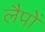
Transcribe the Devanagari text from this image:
लैपों